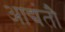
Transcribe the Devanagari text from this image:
आद्यंतौ